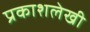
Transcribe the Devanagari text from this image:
प्रकाशलेखी